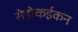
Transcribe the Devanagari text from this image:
सेडोकईकन